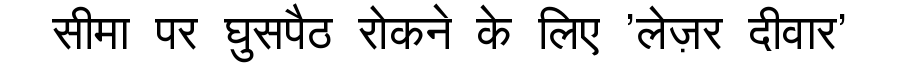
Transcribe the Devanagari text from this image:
सीमा पर घुसपैठ रोकने के लिए 'लेज़र दीवार'